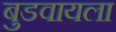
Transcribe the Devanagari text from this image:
बुडवायला